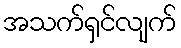
အသက်ရှင်လျက်